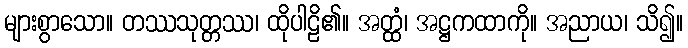
များစွာသော။ တဿသုတ္တဿ၊ ထိုပါဠိ၏။ အတ္ထံ၊ အဋ္ဌကထာကို။ အညာယ၊ သိ၍။